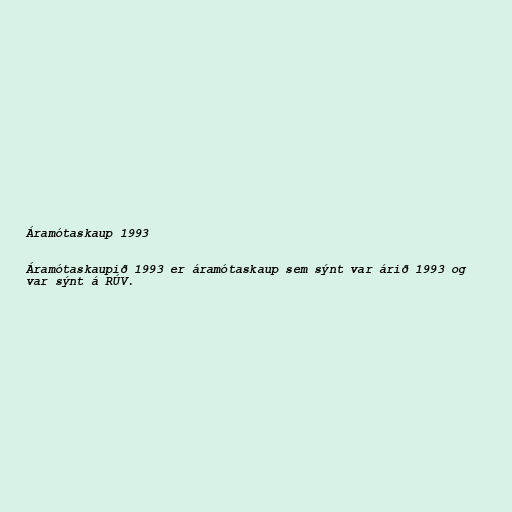
Áramótaskaup 1993

Áramótaskaupið 1993 er áramótaskaup sem sýnt var árið 1993 og
var sýnt á RÚV.